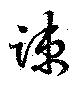
踈